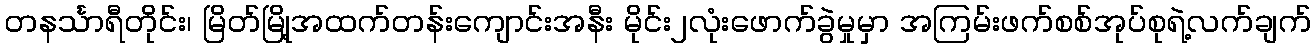
တနင်္သာရီတိုင်း၊ မြိတ်မြို့အထက်တန်းကျောင်းအနီး မိုင်း၂လုံးဖောက်ခွဲမှုမှာ အကြမ်းဖက်စစ်အုပ်စုရဲ့လက်ချက်